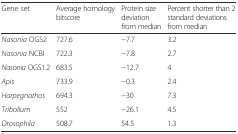
<table><thead><tr><td><b>Gene set</b></td><td><b>Average homology bitscore</b></td><td><b>Protein size deviation from median</b></td><td><b>Percent shorter than 2 standard deviations from median</b></td></tr></thead><tbody><tr><td><i>Nasonia</i> OGS2</td><td>727.6</td><td>−7.7</td><td>3.2</td></tr><tr><td><i>Nasonia</i> NCBI</td><td>722.3</td><td>−7.8</td><td>2.7</td></tr><tr><td><i>Nasonia</i> OGS1.2</td><td>683.5</td><td>−12.7</td><td>4</td></tr><tr><td><i>Apis</i></td><td>733.9</td><td>−0.3</td><td>2.4</td></tr><tr><td><i>Harpegnathos</i></td><td>694.3</td><td>−30</td><td>7.3</td></tr><tr><td><i>Tribolium</i></td><td>552</td><td>−26.1</td><td>4.5</td></tr><tr><td><i>Drosophila</i></td><td>508.7</td><td>54.5</td><td>1.3</td></tr></tbody></table>